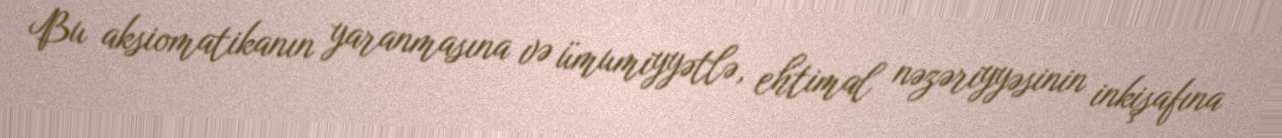
Bu aksiomatikanın yaranmasına və ümumiyyətlə, ehtimal nəzəriyyəsinin inkişafına